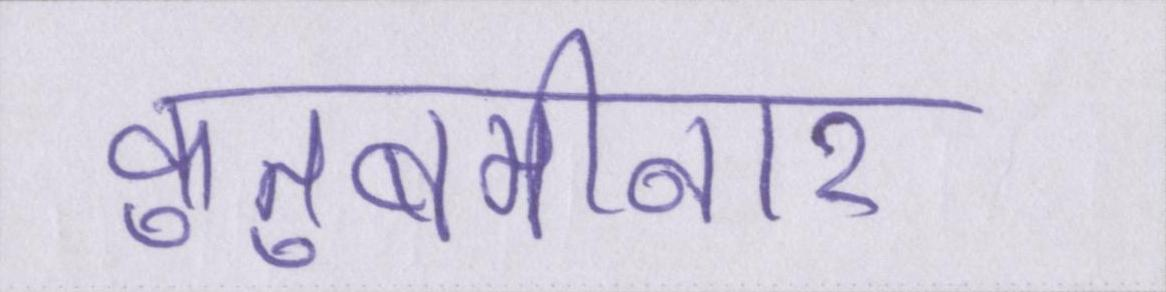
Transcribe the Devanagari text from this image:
कुतुबमीनार